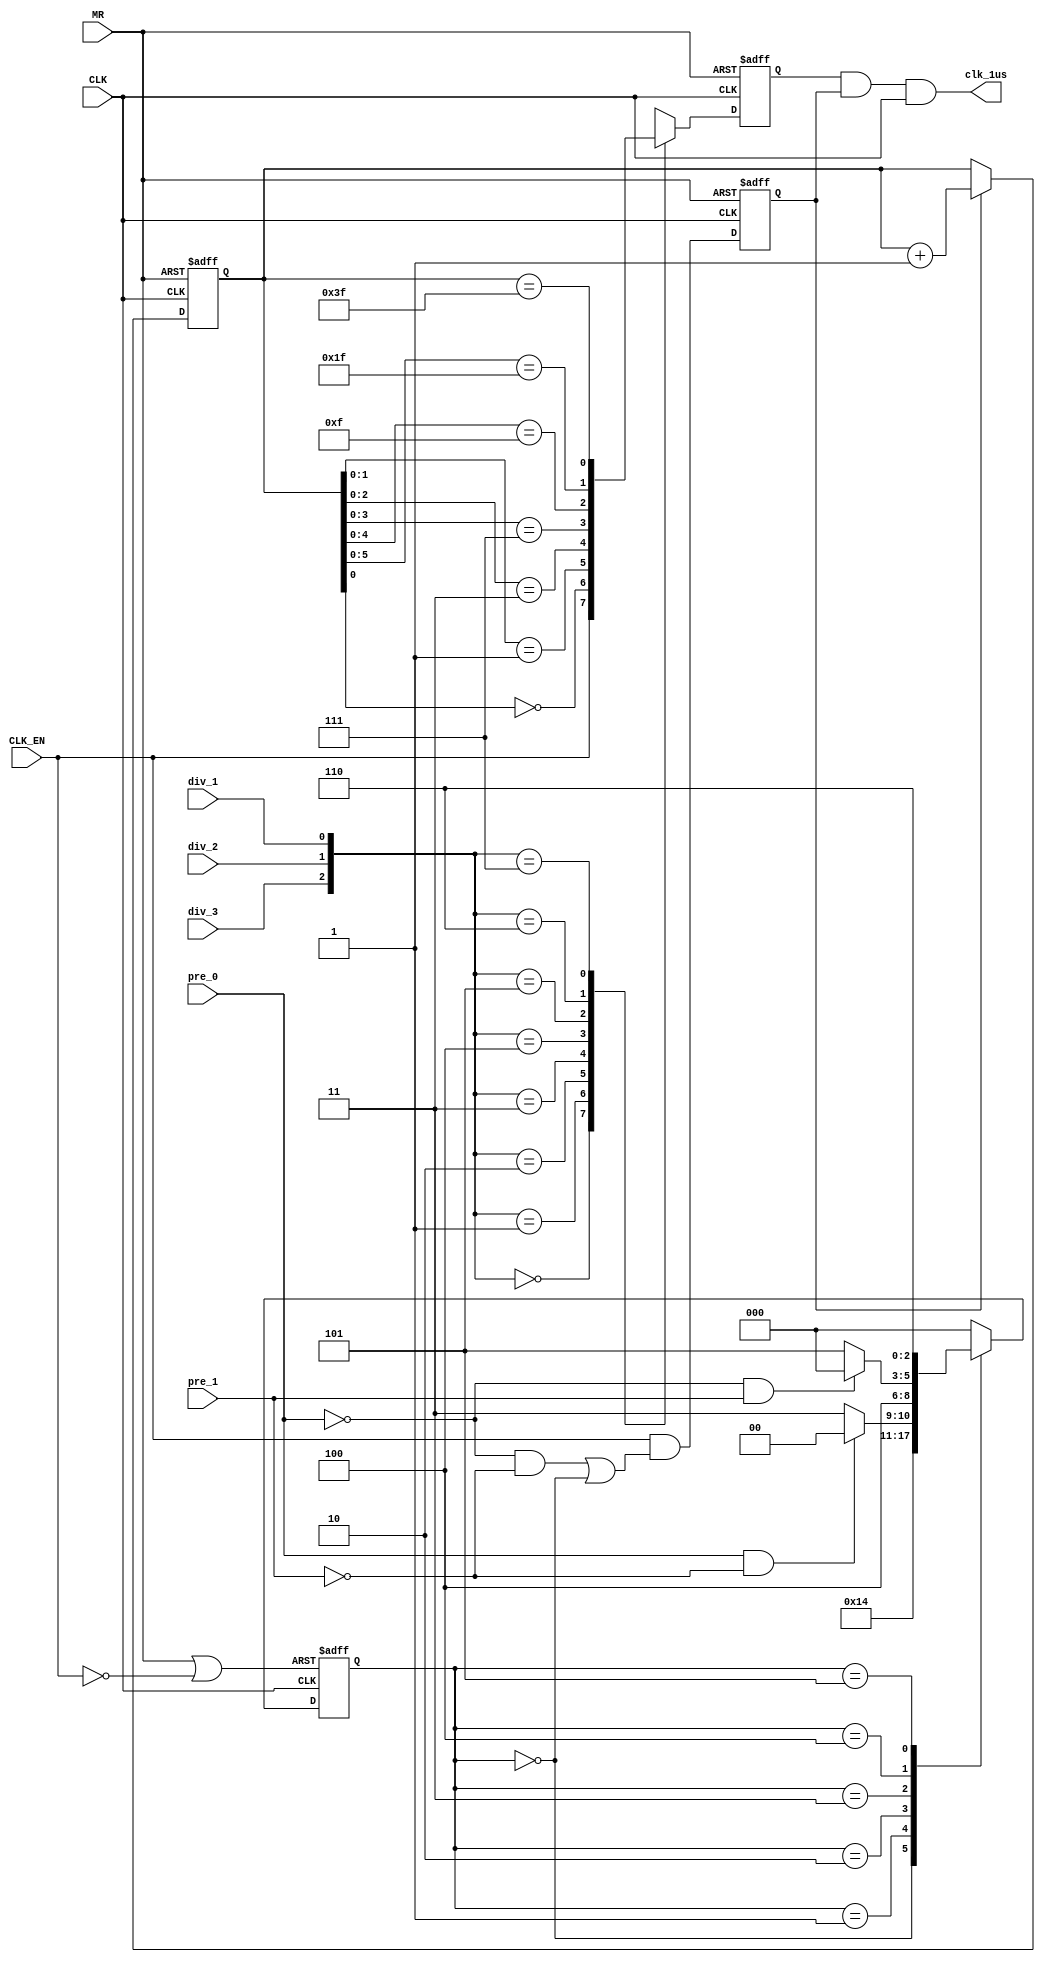
module clk_prescaler( 
   CLK, CLK_EN, div_1, div_2, div_3, MR, pre_0, pre_1, clk_1us);
   
   input  CLK;
   input  CLK_EN;              // enables the divide chain
   input  div_1;               // divider select bit 1
   input  div_2;               // divider select bit 2
   input  div_3;               // divider select bit 3
   input  MR;
   input  pre_0;               // prescaler select bit 0
   input  pre_1;               // prescaler select bit 1

   output clk_1us;             // OD, STD mode fsm clock
   
   wire   CLK;
   wire   MR;
   wire   pre_0;
   wire   pre_1;
   wire   div_1;
   wire   div_2;
   wire   div_3;
   
   wire   clk_prescaled;      // prescaled clock output
   reg    clk_1us;            // 1us timebase for 1-wire STD and OD trans
   reg    clk_div;            // divided clk for hdrive
   reg    en_div;             // enable use of divided clk for hdrive
   reg    clk_prescaled_reg;
   reg [6:0] div_cnt;
   reg [2:0] ClkPrescale;
   
   parameter [2:0] s0=3'b000, s1=3'b001, s2=3'b010, s3=3'b011, s4=3'b100,
                   s5=3'b101, s6=3'b110;
   

  //--------------------------------------------------------------------------
  //  Clock Prescaler
  //--------------------------------------------------------------------------
  wire rst_clk = MR || !CLK_EN;

  always @(posedge rst_clk or posedge CLK)
    if(rst_clk)
      ClkPrescale <= s0;
    else
      case(ClkPrescale)
        s0:      ClkPrescale <= s1;
 
        s1:      ClkPrescale <= s2;

        s2:      if(pre_0 && !pre_1)
                   ClkPrescale <= s0;
                 else
                   ClkPrescale <= s3;

        s3:      ClkPrescale <= s4;

        s4:      if(!pre_0 && pre_1)
                   ClkPrescale <= s0;
                 else
                   ClkPrescale <= s5;

        s5:      ClkPrescale <= s6;
 
        s6:      ClkPrescale <= s0;

        default: ClkPrescale<=s0;
      endcase

   reg en_clk;

   //
   // Create prescaled clock
   //
   always @(posedge MR or posedge CLK)
      if (MR)
         clk_prescaled_reg<=1;
      else
         clk_prescaled_reg <= (!ClkPrescale[0] && !ClkPrescale[1] 
                               && !ClkPrescale[2]);  
   
  //assign clk_prescaled = (!pre_0 && !pre_1 && CLK_EN)?CLK:clk_prescaled_reg;

  always @(posedge MR or negedge CLK)
    if (MR)
      en_clk <= 1'b1;
    else
      en_clk <= CLK_EN && ((!pre_0 && !pre_1) || (ClkPrescale[2:0] == 3'b000));

  assign clk_prescaled = en_clk & CLK;
  
  //--------------------------------------------------------------------------
  //  Clock Divider
  //  using clk_prescaled as its input, this divide-by-2 chain does the
  //  other clock division
  //--------------------------------------------------------------------------
  always @(posedge MR or posedge CLK)
    if (MR)
      div_cnt <= 7'h00;
    else if (en_clk)
      div_cnt <= div_cnt + 1;

  reg    clk_1us_en;

  always @(posedge MR or negedge CLK)
    if (MR) 
      clk_1us_en <= 1'b1;
    else
      case ({div_3, div_2, div_1})
        3'b000 : clk_1us_en <= CLK_EN;
        3'b001 : clk_1us_en <= ~div_cnt[0];
        3'b010 : clk_1us_en <= (div_cnt[1:0] == 2'h1);
        3'b011 : clk_1us_en <= (div_cnt[2:0] == 3'h3);
        3'b100 : clk_1us_en <= (div_cnt[3:0] == 4'h7);
        3'b101 : clk_1us_en <= (div_cnt[4:0] == 5'h0f);
        3'b110 : clk_1us_en <= (div_cnt[5:0] == 6'h1f);
        3'b111 : clk_1us_en <= (div_cnt[6:0] == 7'h3f);
      endcase

  always @(clk_1us_en or en_clk or CLK)
    clk_1us = clk_1us_en & en_clk & CLK;

endmodule